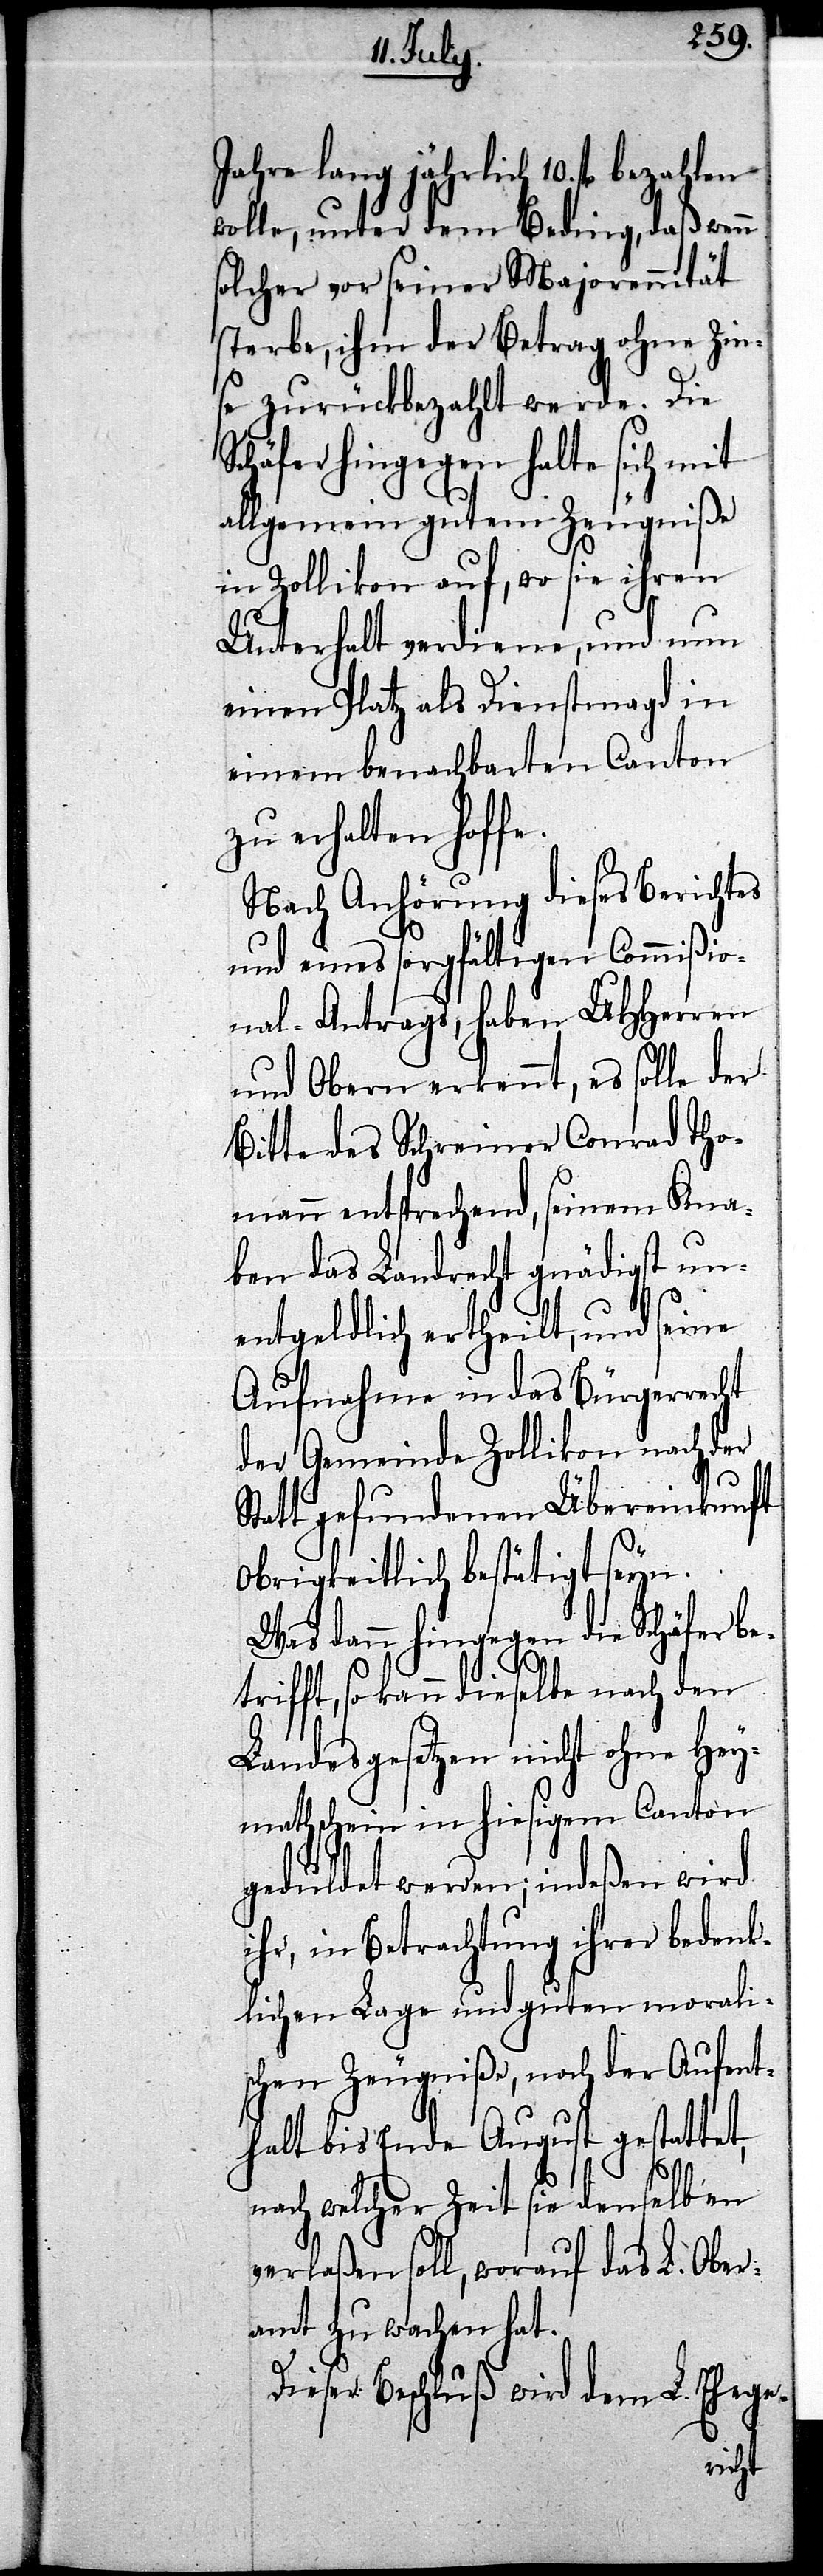
Jahre lang jährlich 10. fl. bezahlen
wolle, unter dem Beding, daß wenn
solcher vor seiner Majorennität
sterbe, ihm der Betrag ohne Zin¬
se zurückbezahlt werde. Die
Schäfer hingegen halte sich mit
allgemein gutem Zeugniße
in Zollikon auf, wo sie ihren
Unterhalt verdiene, und um
einen Platz als Dienstmagd in
einem benachbarten Canton
zu erhalten hoffe.
Nach Anhörung dieses Berichtes
und eines sorgfältigen Commißio¬
nal-Antrags, haben UHHerren
und Obern erkennt, es solle der
Bitte des Schreiner Conrad Tho¬
mann entsprechend, seinem Kna¬
ben das Landrecht gnädigst un¬
entgeldlich ertheilt, und seine
Aufnahme in das Bürgerrecht
der Gemeinde Zollikon nach der
Statt gefundenen Übereinkunft
obrigkeitlich bestätigt seyn.
Was dann hingegen die Schäfer be¬
trifft, so kann dieselbe nach den
Landesgesetzen nicht ohne Hey¬
mathschein in hiesigem Canton
geduldet werden; indeßen wird
ihr, in Betrachtung ihrer bedenk¬
lichen Lage und guten morali¬
schen Zeugnißen, noch der Aufent¬
halt bis Ende August gestattet,
nach welcher Zeit sie denselben
verlaßen soll, worauf das L. Ober¬
amt zu wachen hat.
Dieser Beschluß wird dem L. Ehege-